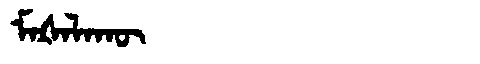
Manchu: ᠮᠠᡧᠠᠯᠠᡴᡡ
Romanization: MAŠALAKŪ